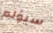
سيؤلم